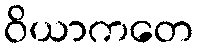
ဝိယာကတေ